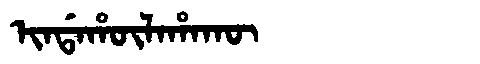
Manchu: ᡳᠨᡩᠠᡥᡡᠯᠠᡥᠠᡴᡡ
Romanization: INDAHŪLAHAKŪ